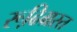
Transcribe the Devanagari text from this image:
रूढि़ग्रस्त